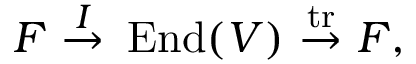
F ~ { \overset { I } { \to } } ~ \operatorname { E n d } ( V ) ~ { \overset { \operatorname { t r } } { \to } } ~ F ,